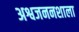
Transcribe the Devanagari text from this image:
अश्वजननशाला